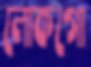
লোকগো